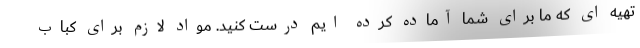
تهیه ای که ما برای شما آماده کرده ایم درست کنید. مواد لازم برای کباب